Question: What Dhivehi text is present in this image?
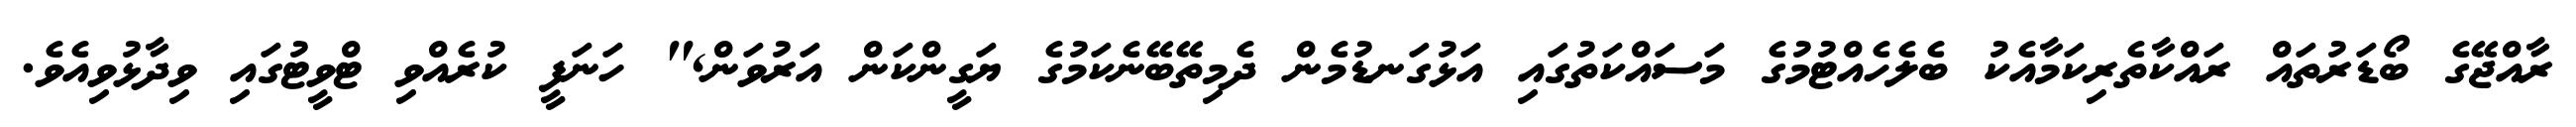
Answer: ރާއްޖޭގެ ބޯޑަރުތައް ރައްކާތެރިކަމާއެކު ބެލެހެއްޓުމުގެ މަސައްކަތުގައި އަޅުގަނޑުމެން ދެމިތޭބޭނެކަމުގެ ޔަގީންކަން އަރުވަން," ހަނަފީ ކުރެއްވި ޓްވީޓުގައި ވިދާޅުވިއެވެ.